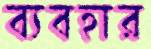
ব্যবহার